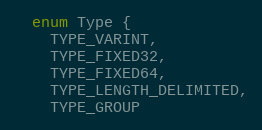
Language: C
  enum Type {
    TYPE_VARINT,
    TYPE_FIXED32,
    TYPE_FIXED64,
    TYPE_LENGTH_DELIMITED,
    TYPE_GROUP